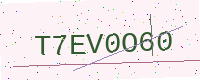
Text: T7EV0O60